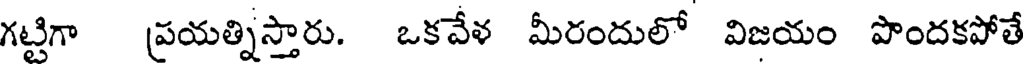
గట్టిగా ప్రయత్నిస్తారు. ఒకవేళ మీరందులో విజయం పొందకపోతే